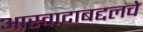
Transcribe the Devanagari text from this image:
आस्वादाबद्दलचे